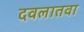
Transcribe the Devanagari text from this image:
दवलातवा